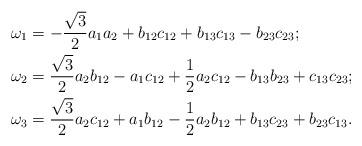
LaTeX: \begin{align*} \omega_1&=-\frac{\sqrt{3}}{2}a_1a_2 + b_{12}c_{12} + b_{13}c_{13}- b_{23}c_{23};\\ \omega_2&=\frac{\sqrt{3}}{2}a_2b_{12} - a_1c_{12} +\frac{1}{2} a_2c_{12}- b_{13}b_{23} + c_{13}c_{23};\\ \omega_3&=\frac{\sqrt{3}}{2}a_2c_{12} + a_1b_{12} -\frac{1}{2} a_2b_{12}+ b_{13}c_{23} + b_{23}c_{13}.\end{align*}